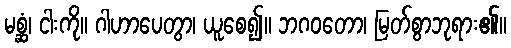
မစ္ဆံ၊ ငါးကို။ ဂါဟာပေတွာ၊ ယူစေ၍။ ဘဂဝတော၊ မြတ်စွာဘုရား၏။